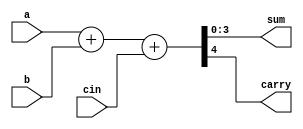
/**
 * demo.v
 */
 
module f_adder(a, b, cin, sum, carry);
	parameter size = 4;
	input	signed	[size-1:0]	a, b, cin;
	output signed	[size-1:0]	sum;
	output carry;
 
	assign {carry, sum} = a+b+cin;
endmodule
 
module testbench;
	parameter size = 4;
	reg signed [size-1:0] a;
	reg signed [size-1:0] b;
	reg signed [size-1:0] cin;
	wire carry;
	wire [size-1:0] sum;
 
	initial begin
		a = 4'd0;
		b = 4'd0;
		cin = 4'd0;
		$dumpfile("f_adder.vcd");
		$dumpvars(0, fadd);
		#10 a = 4'b0010; b = 4'b1011;
		#10 a = 4'b0110; b = 4'b0001;
		#10 a = 4'b1100; b = 4'b0011;
		#10 $finish;
	end
 
	f_adder fadd(a, b, cin, sum, carry);
endmodule